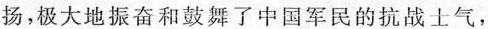
扬，极大地振奋和鼓舞了中国军民的抗战士气，